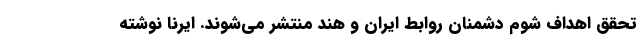
تحقق اهداف شوم دشمنان روابط ایران و هند منتشر می‌شوند. ایرنا نوشته